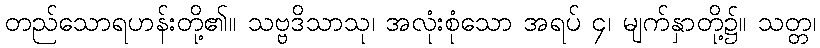
တည်သောရဟန်းတို့၏။ သဗ္ဗဒိသာသု၊ အလုံးစုံသော အရပ် ၄၊ မျက်နှာတို့၌။ သတ္တ၊